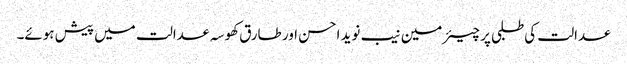
عدالت کی طلبی پر چیئرمین نیب نوید احسن اور طارق کھوسہ عدالت میں پیش ہوئے۔